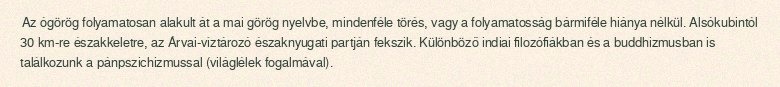
Az ógörög folyamatosan alakult át a mai görög nyelvbe, mindenféle törés, vagy a folyamatosság bármiféle hiánya nélkül. Alsókubintól 30 km-re északkeletre, az Árvai-víztározó északnyugati partján fekszik. Különböző indiai filozófiákban és a buddhizmusban is találkozunk a pánpszichizmussal (világlélek fogalmával).